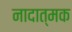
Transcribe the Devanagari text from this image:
नादात्मक